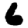
Digit: 6